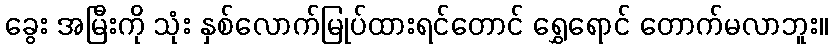
ခွေး အမြီးကို သုံး နှစ်လောက်မြုပ်ထားရင်တောင် ရွှေရောင် တောက်မလာဘူး။